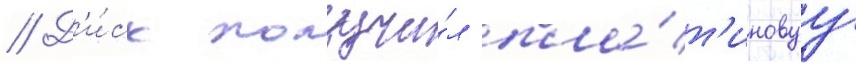
// Д'и́ск получи́л пла́т'иновуу